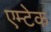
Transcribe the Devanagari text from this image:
एम्टेक